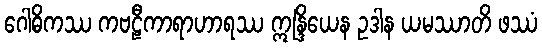
ဂေါဓိကဿ ကဗဠီကာရာဟာရဿ ဣန္ဒြိယေန ဥဒါန ယမဿာတိ ဖဿံ